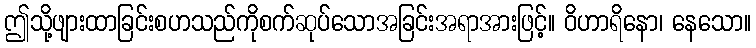
ဤသို့ဖျားထာခြင်းစဟသည်ကိုစက်ဆုပ်သောအခြင်းအရာအားဖြင့်။ ဝိဟာရိနော၊ နေသော။